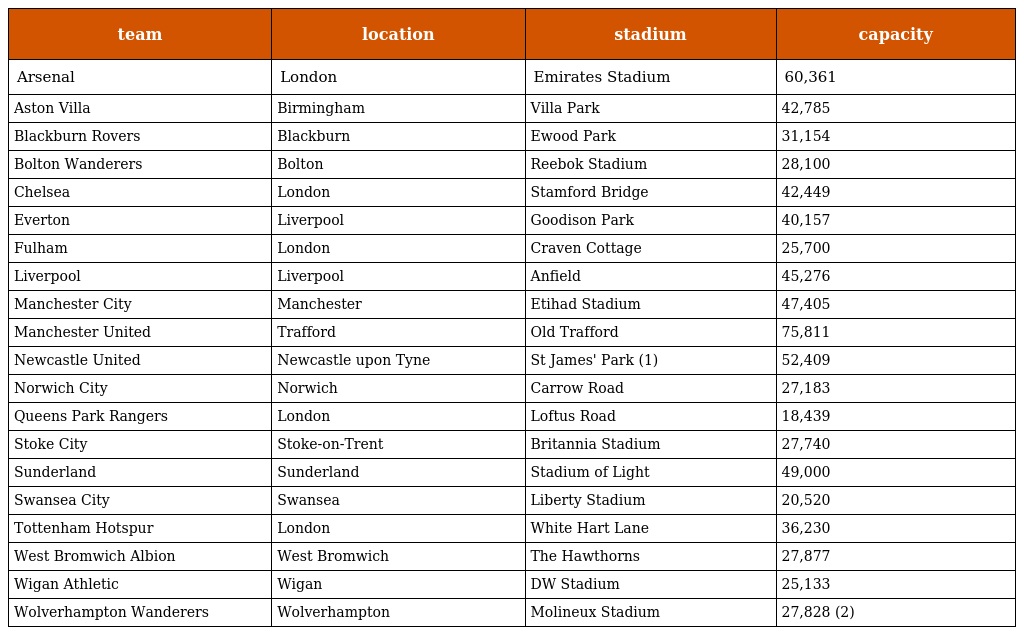
| team | location | stadium | capacity |
 | --- | --- | --- | --- |
 | Arsenal | London | Emirates Stadium | 60,361 |
 | Aston Villa | Birmingham | Villa Park | 42,785 |
 | Blackburn Rovers | Blackburn | Ewood Park | 31,154 |
 | Bolton Wanderers | Bolton | Reebok Stadium | 28,100 |
 | Chelsea | London | Stamford Bridge | 42,449 |
 | Everton | Liverpool | Goodison Park | 40,157 |
 | Fulham | London | Craven Cottage | 25,700 |
 | Liverpool | Liverpool | Anfield | 45,276 |
 | Manchester City | Manchester | Etihad Stadium | 47,405 |
 | Manchester United | Trafford | Old Trafford | 75,811 |
 | Newcastle United | Newcastle upon Tyne | St James' Park (1) | 52,409 |
 | Norwich City | Norwich | Carrow Road | 27,183 |
 | Queens Park Rangers | London | Loftus Road | 18,439 |
 | Stoke City | Stoke-on-Trent | Britannia Stadium | 27,740 |
 | Sunderland | Sunderland | Stadium of Light | 49,000 |
 | Swansea City | Swansea | Liberty Stadium | 20,520 |
 | Tottenham Hotspur | London | White Hart Lane | 36,230 |
 | West Bromwich Albion | West Bromwich | The Hawthorns | 27,877 |
 | Wigan Athletic | Wigan | DW Stadium | 25,133 |
 | Wolverhampton Wanderers | Wolverhampton | Molineux Stadium | 27,828 (2) |